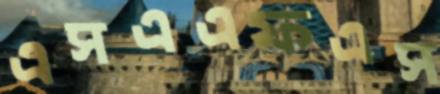
এসএএফএস